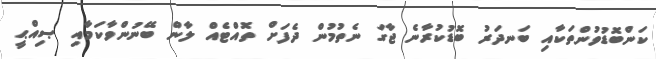
ކަންބޮޑުވުންތަކާއި ބަނދަރު ބޮޑުކުރާނެ ޖާގަ ނެތުމުން ދެފަށް ތޮއްޓެއް ލާން ބޭނުންވާކަމާއި ޞިއްޙީ